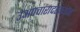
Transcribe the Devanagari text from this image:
उअपचारादरम्यान